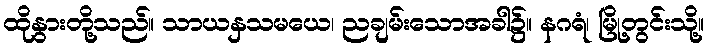
ထိုနွားတို့သည်။ သာယနှသမယေ၊ ညချမ်းသောအခါ၌။ နဂရံ၊ မြို့တွင်းသို့။